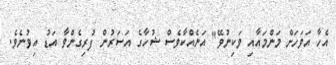
އެހާ އަވަހަށް މަންމައާއި ވަކިނުވޭ" އަނެއްކާވެސް ޝުހާގެ އަސަރުން ފުރިގެންވާ އަޑު އިވުނެވެ.